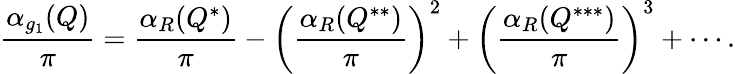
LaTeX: {\frac{\alpha_{g_{1}}(Q)}{\pi}}={\frac{\alpha_{R}(Q^{*})}{\pi}}-\left({\frac{\alpha_{R}(Q^{**})}{\pi}}\right)^{2}+\left({\frac{\alpha_{R}(Q^{***})}{\pi}}\right)^{3}+\cdots.